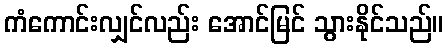
ကံကောင်းလျှင်လည်း အောင်မြင် သွားနိုင်သည်။